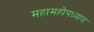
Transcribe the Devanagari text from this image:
महामहोपध्याय